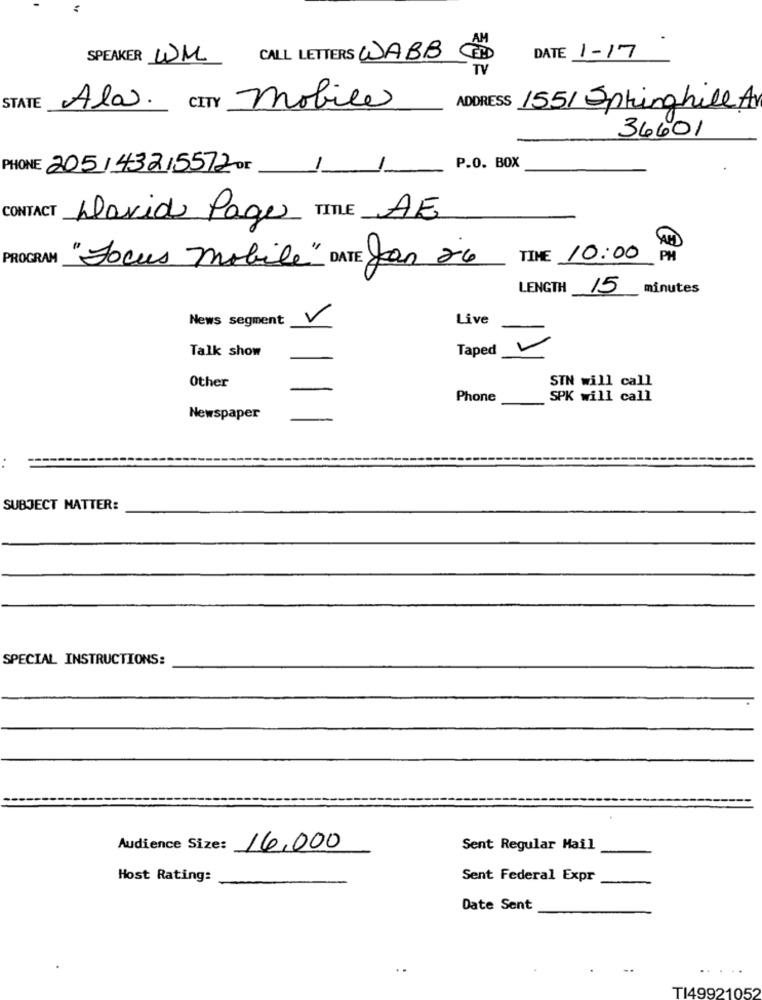
SPEAKER WM
CALL LETTERS WABB
DATE 1-17
TV
STATE
Ala CITY mobile
155/ Springhill A
36601
PHONE 205/43215572 or
-
P.O. BOX
CONTACT David Page TITLE AE
PROGRAM "Focus mobile" DATE Jan 26
TIME 10:00
PM
LENGTH
15
_minutes
News segment
Live
V
Talk show
Taped
Other
STN will call
Phone
SPK will call
Newspaper
SUBJECT MATTER:
SPECIAL INSTRUCTIONS:
Audience Size:
16,000
Sent Regular Mail
Host Rating:
Sent Federal Expr
Date Sent
T149921052